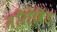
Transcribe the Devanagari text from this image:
मॉरोविंड